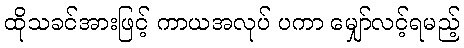
ထိုသခင်အားဖြင့် ကာယအလုပ် ပကာ မျှော်လင့်ရမည့်